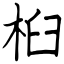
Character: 桕